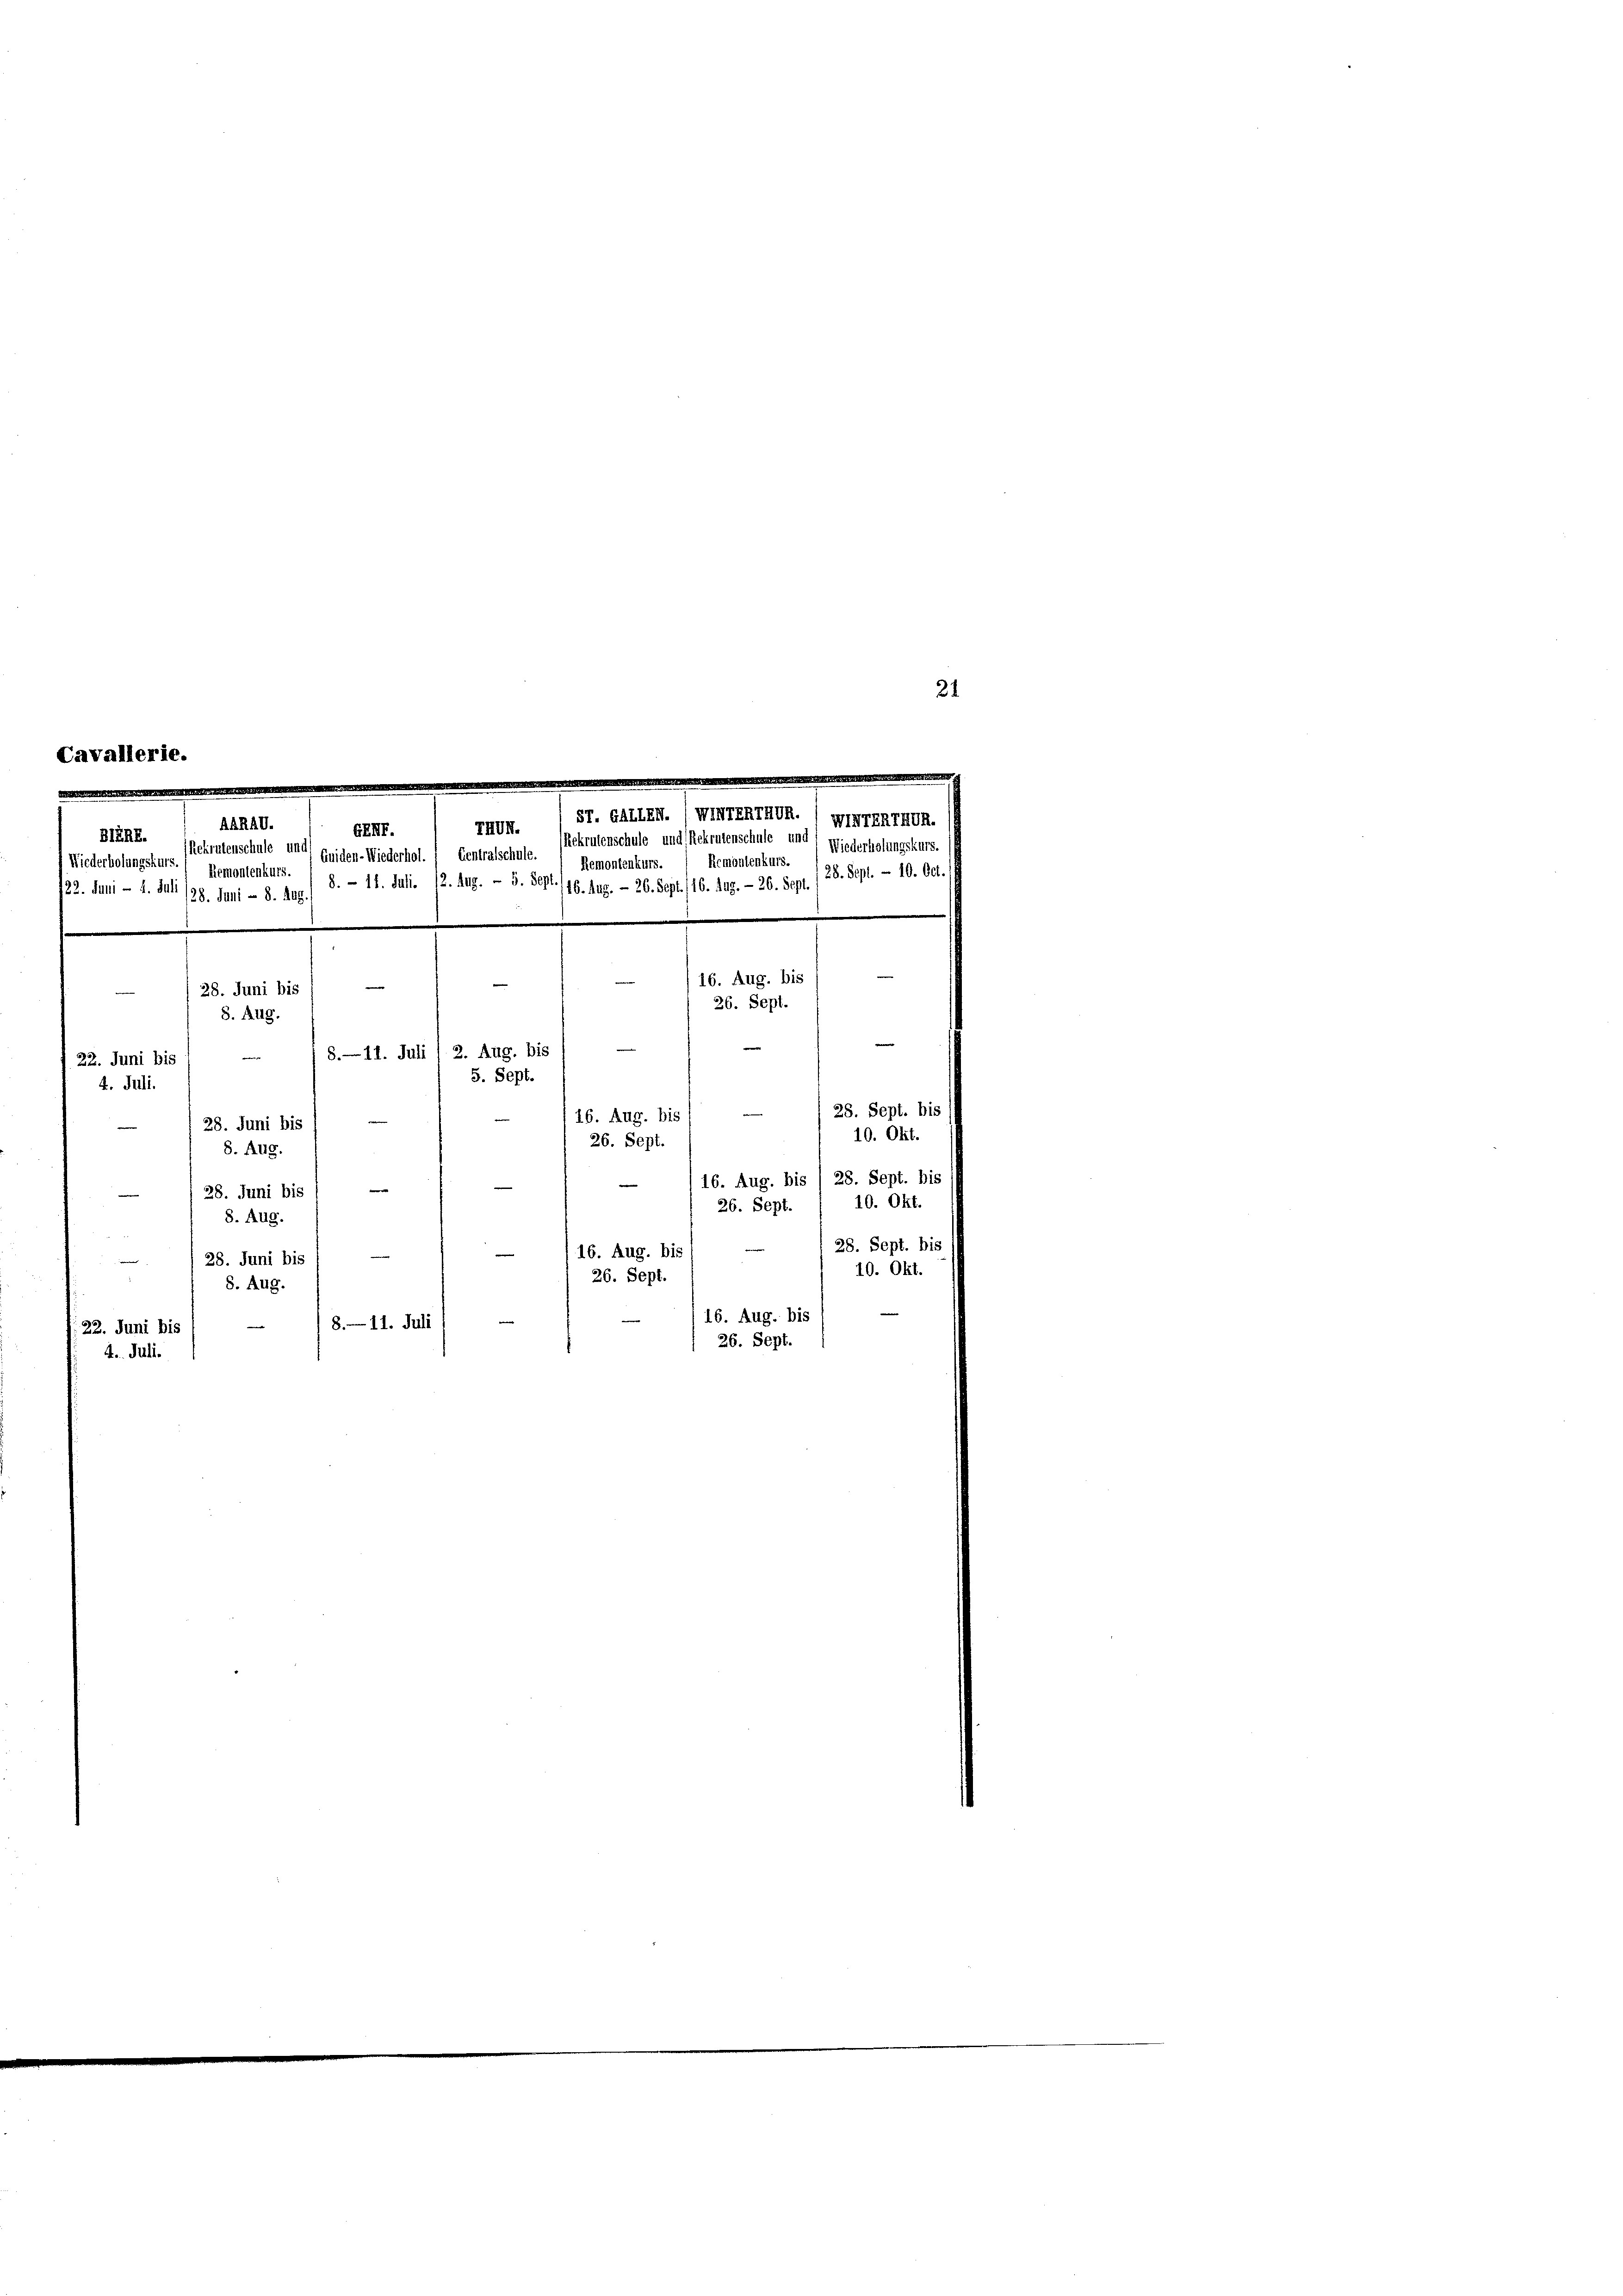
Cavallerie.
e
d
.
ST. GALLEN. 'WINTENTWUR.
Rekrutenschule und Rekrutenschule und
Remontenkurs
Niederholungskurs
lemontenkurs.
8. — 11. Juli 12. Aug. - 5. Sept. 146. Aug. - 26. Sept. /16. Aug. - 26. Sept.
122. Juni - 4. Juli (28. Juni - 8. Aug
16. Aug. bis
e
28. Juni bis (
26. Sept.
8. Aug.
8.— 11. Juli (2. Aug. bis
22. Juni bis
5. Sept.
4. Juli.
e
16. Aug. bis
e
28. Juni bis
26. Sept.
8. Aug.
16. Aug. bis / 28. Sept. bis
e
e
28. Juni bis
26. Sept.
8. Aug.
16. Aug. bis
28. Juni bis
i
26. Sept.
8. Aug.
16. Aug. bis
8. — 11. Juli
22. Juni bis
26. Sept.
4. Juli.

AARAV.
TRON.
GENT.
BERK. (Rekrutenschule um Egiden-Wiederhol. " Centralschule.  Demontenkurs.

Niederholungskurs.
28. Sept. - 10. Oct.

28. Sept. bis
10. Okt.
10. Okt.
28. Sept. bis
10. Okt.